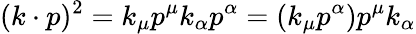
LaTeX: (k\cdot p)^{2}=k_{\mu}p^{\mu}k_{\alpha}p^{\alpha}=(k_{\mu}p^{\alpha})p^{\mu}k_{\alpha}